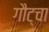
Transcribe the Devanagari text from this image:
गौट्चा